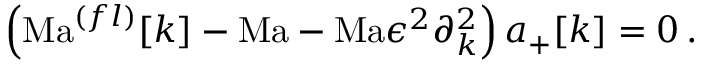
\left( \mathrm { M a } ^ { ( f l ) } [ k ] - \mathrm { M a } - \mathrm { M a } \epsilon ^ { 2 } \partial _ { k } ^ { 2 } \right) { a _ { + } [ k ] } = 0 \, . \